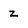
Character: z